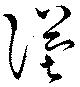
漢